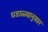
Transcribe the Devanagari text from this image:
घडाळ्यानुसार